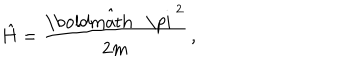
LaTeX: { \hat { H } } = { \frac { \hat { \mathrm { \boldmath ~ \ p i ~ } } ^ { 2 } } { 2 m } } \, ,